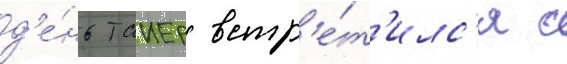
д'е́нь таиер встр'е́т'илс'я с